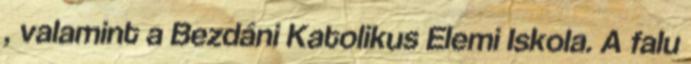
, valamint a Bezdáni Katolikus Elemi Iskola. A falu